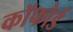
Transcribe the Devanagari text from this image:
कॉफोर्ड